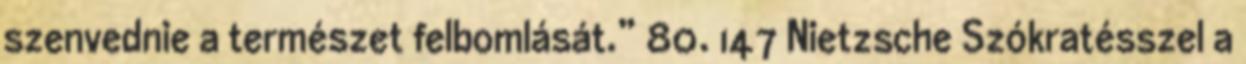
szenvednie a természet felbomlását.” 80. 147 Nietzsche Szókratésszel a